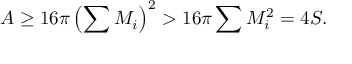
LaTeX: A \geq 1 6 \pi \left( \sum M _ { i } \right) ^ { 2 } > 1 6 \pi \sum M _ { i } ^ { 2 } = 4 S .